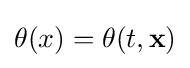
\theta (x)=\theta (t,{\textbf {x}})